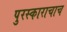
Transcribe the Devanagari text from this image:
पुरस्काराचाच